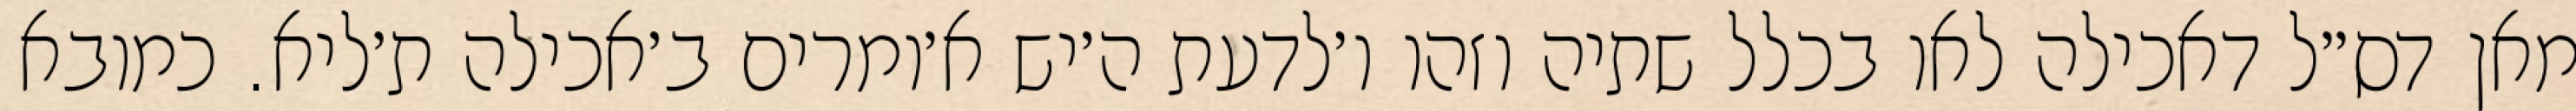
מאן דס״ל דאכילה לאו בכלל שתיה וזהו ו׳לדעת ה׳יש א׳ומרים ב׳אכילה ת׳ליא. כמובא